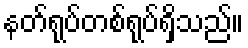
နတ်ရုပ်တစ်ရုပ်ရှိသည်။